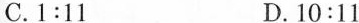
C. $$1 : 1 1$$ D. $$1 0 : 1 1$$